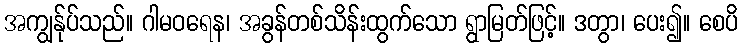
အကျွန်ုပ်သည်။ ဂါမဝရေန၊ အခွန်တစ်သိန်းထွက်သော ရွာမြတ်ဖြင့်။ ဒတွာ၊ ပေး၍။ စေပိ